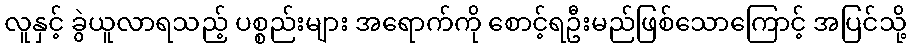
လူနှင့် ခွဲယူလာရသည့် ပစ္စည်းများ အရောက်ကို စောင့်ရဦးမည်ဖြစ်သောကြောင့် အပြင်သို့